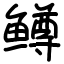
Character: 鳟